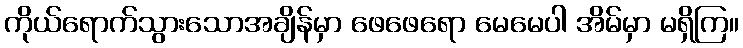
ကိုယ်ရောက်သွားသောအချိန်မှာ ဖေဖေရော မေမေပါ အိမ်မှာ မရှိကြ။